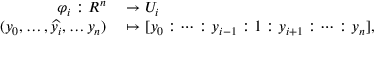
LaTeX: \begin{array} { r l } { \mathbb { \varphi } _ { i } : R ^ { n } } & { { } \to U _ { i } } \\ { ( y _ { 0 } , \dots , { \widehat { y _ { i } } } , \dots y _ { n } ) } & { { } \mapsto [ y _ { 0 } : \cdots : y _ { i - 1 } : 1 : y _ { i + 1 } : \cdots : y _ { n } ] , } \end{array}